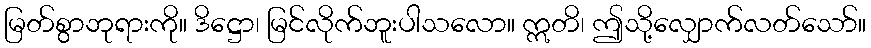
မြတ်စွာဘုရားကို။ ဒိဋ္ဌော၊ မြင်လိုက်ဘူးပါသလော။ ဣတိ၊ ဤသို့လျှောက်လတ်သော်။